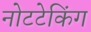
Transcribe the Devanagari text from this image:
नोटटेकिंग